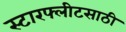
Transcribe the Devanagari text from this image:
स्टारफ्लीटसाठी